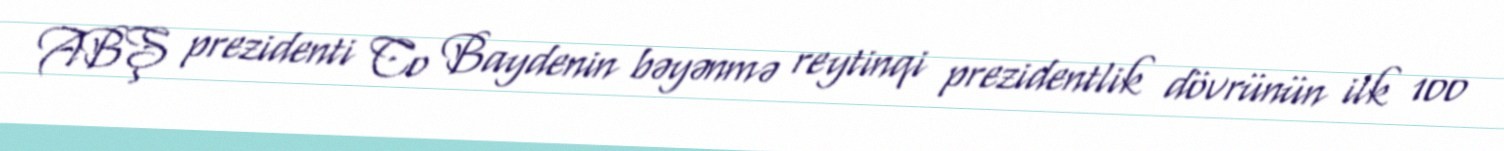
ABŞ prezidenti Co Baydenin bəyənmə reytinqi prezidentlik dövrünün ilk 100